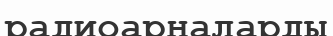
радиоарналарды